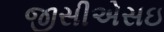
જીસીએસઇ